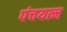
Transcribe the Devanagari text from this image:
पंचयत्न